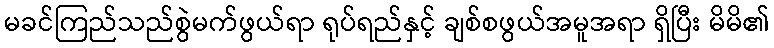
မခင်ကြည်သည်စွဲမက်ဖွယ်ရာ ရုပ်ရည်နှင့် ချစ်စဖွယ်အမူအရာ ရှိပြီး မိမိ၏